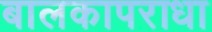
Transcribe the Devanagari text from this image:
बालकापराधा